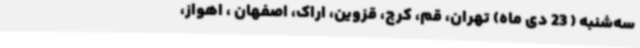
سه‌شنبه ( 23 دی ماه) تهران، قم، کرج، قزوین، اراک، اصفهان ، اهواز،